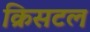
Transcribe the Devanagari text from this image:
क्रिसटल